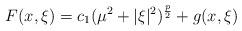
LaTeX: \begin{align*}F(x, \xi) = c_1(\mu^2 + |\xi|^2)^\frac{p}{2} + g(x,\xi)\end{align*}